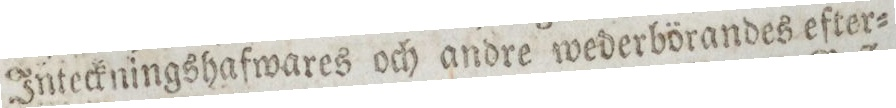
Inteckningshafwares och andre wederbörandes efter=